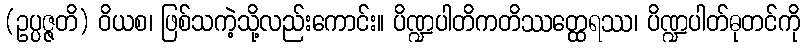
(ဥပ္ပဇ္ဇတိ) ဝိယစ၊ ဖြစ်သကဲ့သို့လည်းကောင်း။ ပိဏ္ဍပါတိကတိဿတ္ထေရဿ၊ ပိဏ္ဍပါတ်ဓုတင်ကို